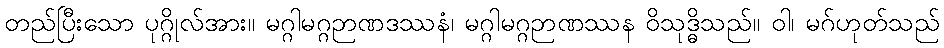
တည်ပြီးသော ပုဂ္ဂိုလ်အား။ မဂ္ဂါမဂ္ဂဉာဏဒဿနံ၊ မဂ္ဂါမဂ္ဂဉာဏဿန ဝိသုဒ္ဓိသည်။ ဝါ၊ မဂ်ဟုတ်သည်